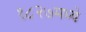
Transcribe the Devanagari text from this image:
१८२७मध्ये